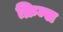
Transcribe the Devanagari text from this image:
क्रिम्स